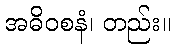
အဓိဝစနံ၊ တည်း။